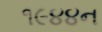
૧૯૪૪ન